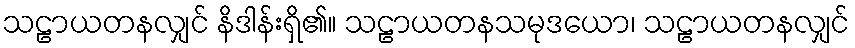
သဠာယတနလျှင် နိဒါန်းရှိ၏။ သဠာယတနသမုဒယော၊ သဠာယတနလျှင်